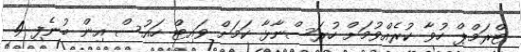
ޓްރަމްޕް ހުވާ ކުރެއްވުމަށް ހުރަސްނާޅާ ކަމަށް ވައިޓް ހައުސް އިން ބުނެފި 4